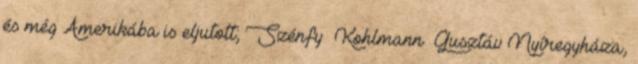
és még Amerikába is eljutott; Szénfy Kohlmann Gusztáv Nyíregyháza,